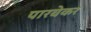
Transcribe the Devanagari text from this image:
पारवेकर